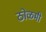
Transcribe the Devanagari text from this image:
ठोळमी